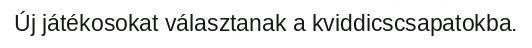
Új játékosokat választanak a kviddicscsapatokba.